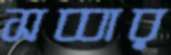
সব্বার